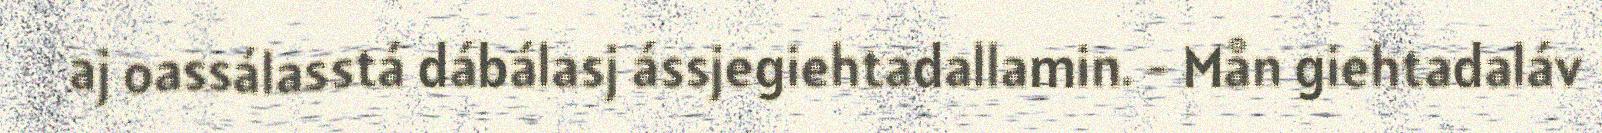
aj oassálasstá dábálasj ássjegiehtadallamin. - Mån giehtadaláv